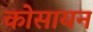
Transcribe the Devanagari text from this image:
कोसायन